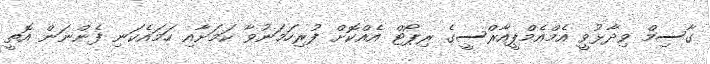
ގާސިމް ވިދާޅުވީ އެމްއެމްޕީއާރްސީގެ ރިޕޯޓް އެއްކޮށް ފުރިހަމަނުވާ ކަމަށާއި ހަމައެކަނި ފެންނަން އޮތީ